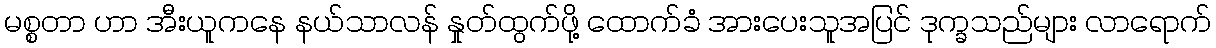
မစ္စတာ ဟာ အီးယူကနေ နယ်သာလန် နှုတ်ထွက်ဖို့ ထောက်ခံ အားပေးသူအပြင် ဒုက္ခသည်များ လာရောက်